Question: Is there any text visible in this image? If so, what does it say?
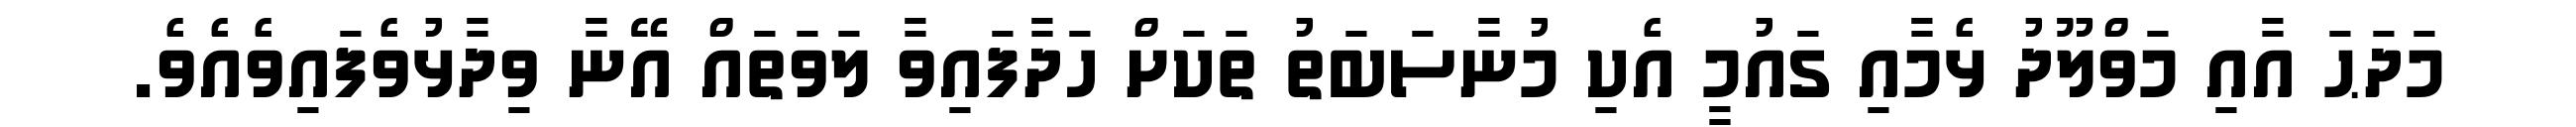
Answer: މަދަޙަ އާއި މަވްލޫދު ޅެމާއި ގައުމީ އެކި މުނާސަބަތު ތަކަށް ހަދާފައިވާ ލަވަތައް އޭނާ ވިދާޅުވެފައިވެއެވެ.